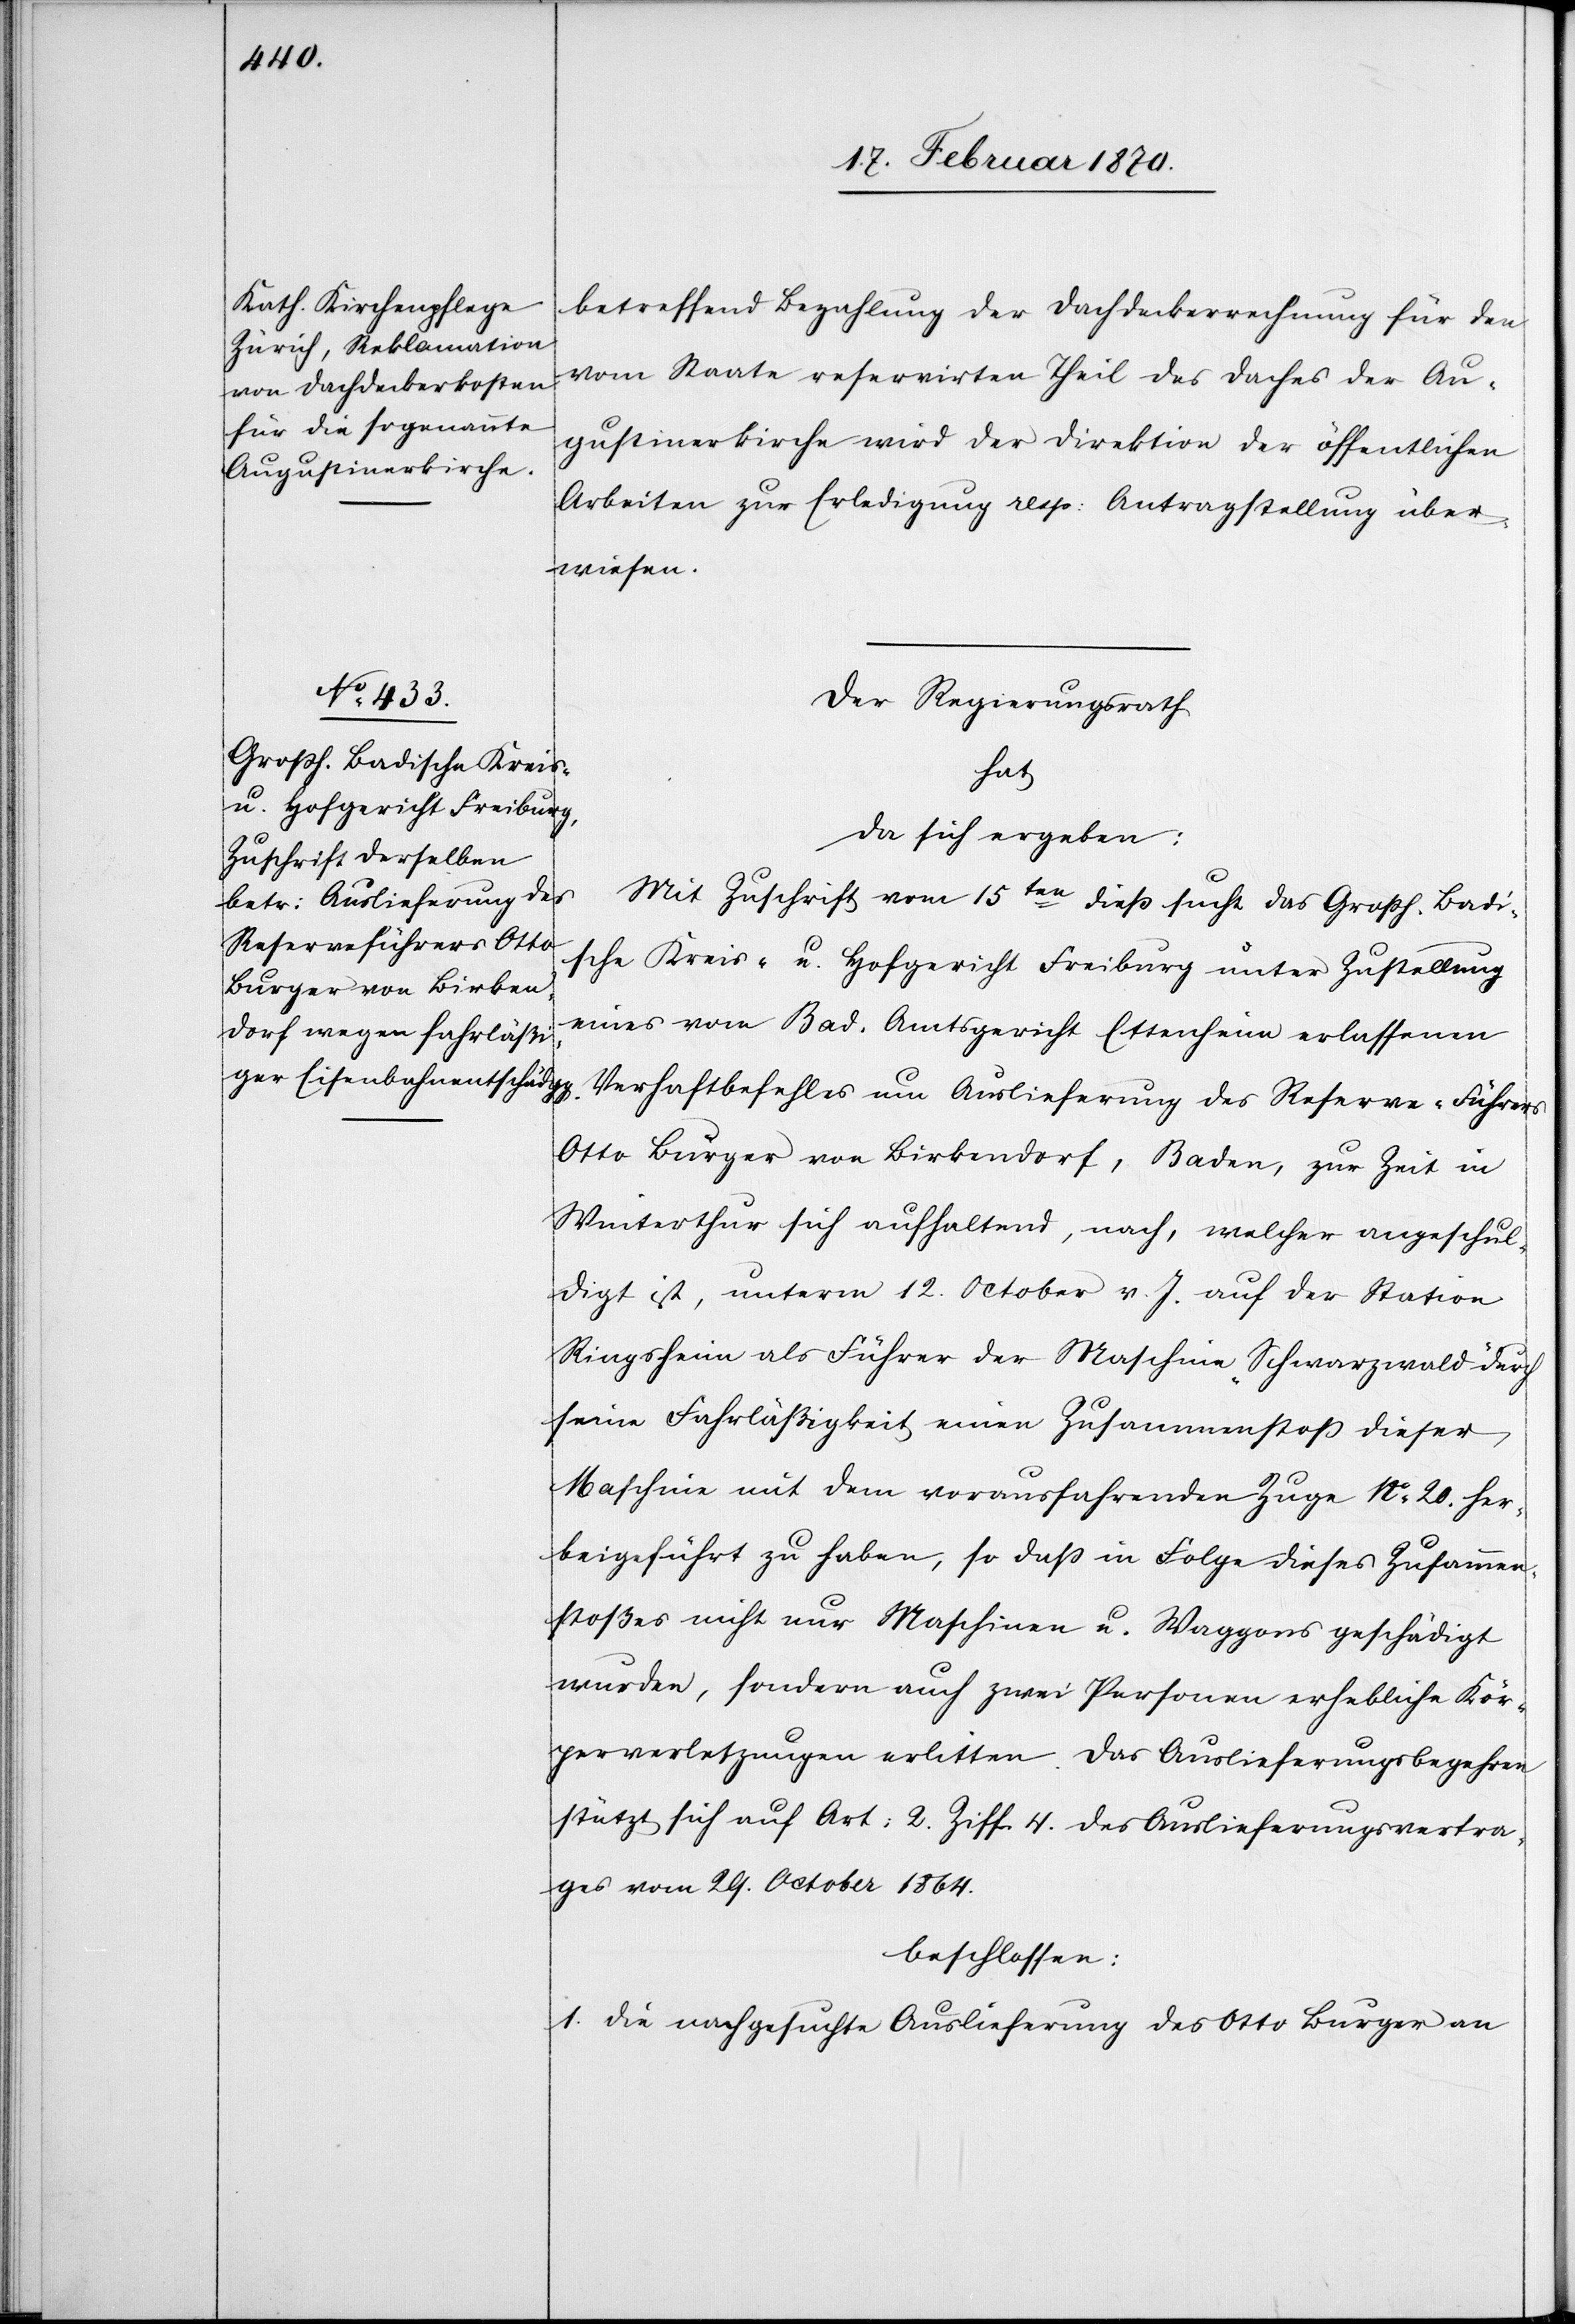
18. Februar 1870.]
betreffend Bezahlung der Dachdeckerrechnung für den
vom Staate reservirten Theil des Daches der Au¬
gustinerkirche wird der Direktion der öffentlichen
Arbeiten zur Erledigung resp. Antragstellung über¬
wiesen.
Der Regierungsrath
hat
da sich ergeben:
Mit Zuschrift vom 15ten diess sucht das Grossh. Badi¬
sche Kreis- u. Hofgericht Freiburg unter Zustellung
eines vom Bad. Amtsgericht Ettenheim erlassenen
Verhaftbefehles um Auslieferung des Reserve-Führers
Otto Burger von Birkendorf, Baden, zu Zeit in
Winterthur sich aufhaltend, nach, welcher angeschul¬
digt ist, unterm 12. October v. J. auf der Station
Ringsheim als Führer der Maschine „Schwarzwald“ durch
seine Fahrläßigkeit einen Zusammenstoss dieser
Maschine mit dem vorausfahrenden Zuge No 20. her¬
beigeführt zu haben, so dass in Folge dieses Zusammen¬
stosses nicht nur Maschinen u. Waggons geschädigt
wurden, sondern auch zwei Personen erhebliche Kör¬
perverletzungen erlitten. Das Auslieferungsbegehren
stützt sich auf Art: 2. Ziff. 4. des Auslieferungsvertra¬
ges vom 29. October 1864.
beschlossen:
1. Die nachgesuchte Auslieferung des Otto Burger an